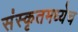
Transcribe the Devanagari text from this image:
संस्कृतमध्येच